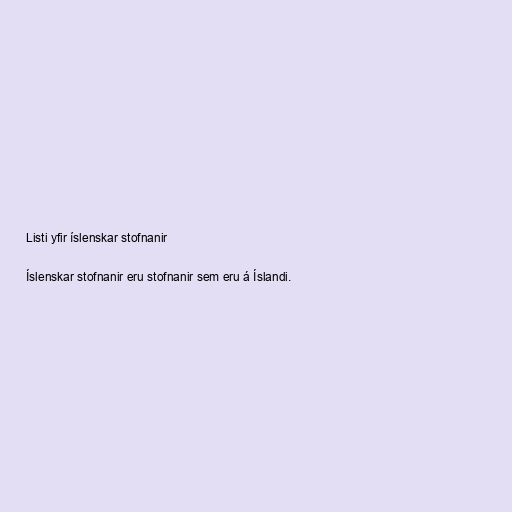
Listi yfir íslenskar stofnanir

Íslenskar stofnanir eru stofnanir sem eru á Íslandi.